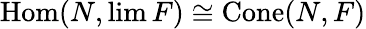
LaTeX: \operatorname{Hom}(N,\operatorname*{lim}F)\cong\operatorname{Cone}(N,F)